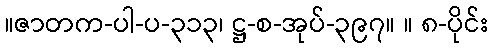
။ဇာတက-ပါ-ပ-၃၁၃၊ ဋ္ဌ-စ-အုပ်-၃၉၇။ ။ ၈-ပိုင်း